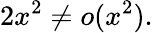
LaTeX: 2x^{2}\neq o(x^{2}).